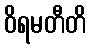
ဝိရမတီတိ